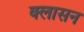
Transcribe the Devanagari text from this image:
क्लासन